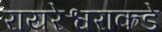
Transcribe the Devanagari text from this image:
रायरेश्वराकडे